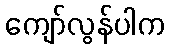
ကျော်လွန်ပါက